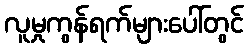
လူမှုကွန်ရက်များပေါ်တွင်